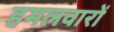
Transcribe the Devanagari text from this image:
हमलवारों